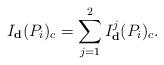
LaTeX: \begin{align*}I_{\textbf{d}}(P_i)_{c}=\sum_{j=1}^2 I_{\textbf{d}}^j (P_{i})_{c}.\end{align*}